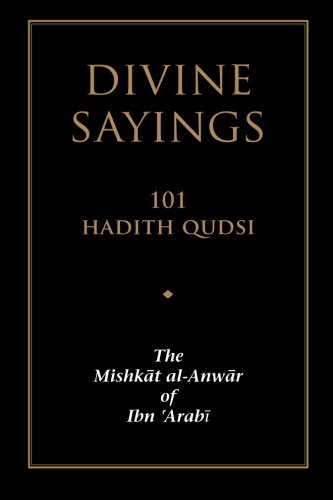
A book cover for Divine Sayings: 101 Hadith Qudsi: The Mishkat al-Anwar of Ibn 'Arabi; Muhyiddin Ibn 'Arabi; Religion & Spirituality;